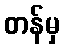
တန်မှ